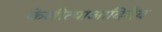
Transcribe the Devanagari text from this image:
केलीत्याआदिदेव